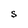
Character: S